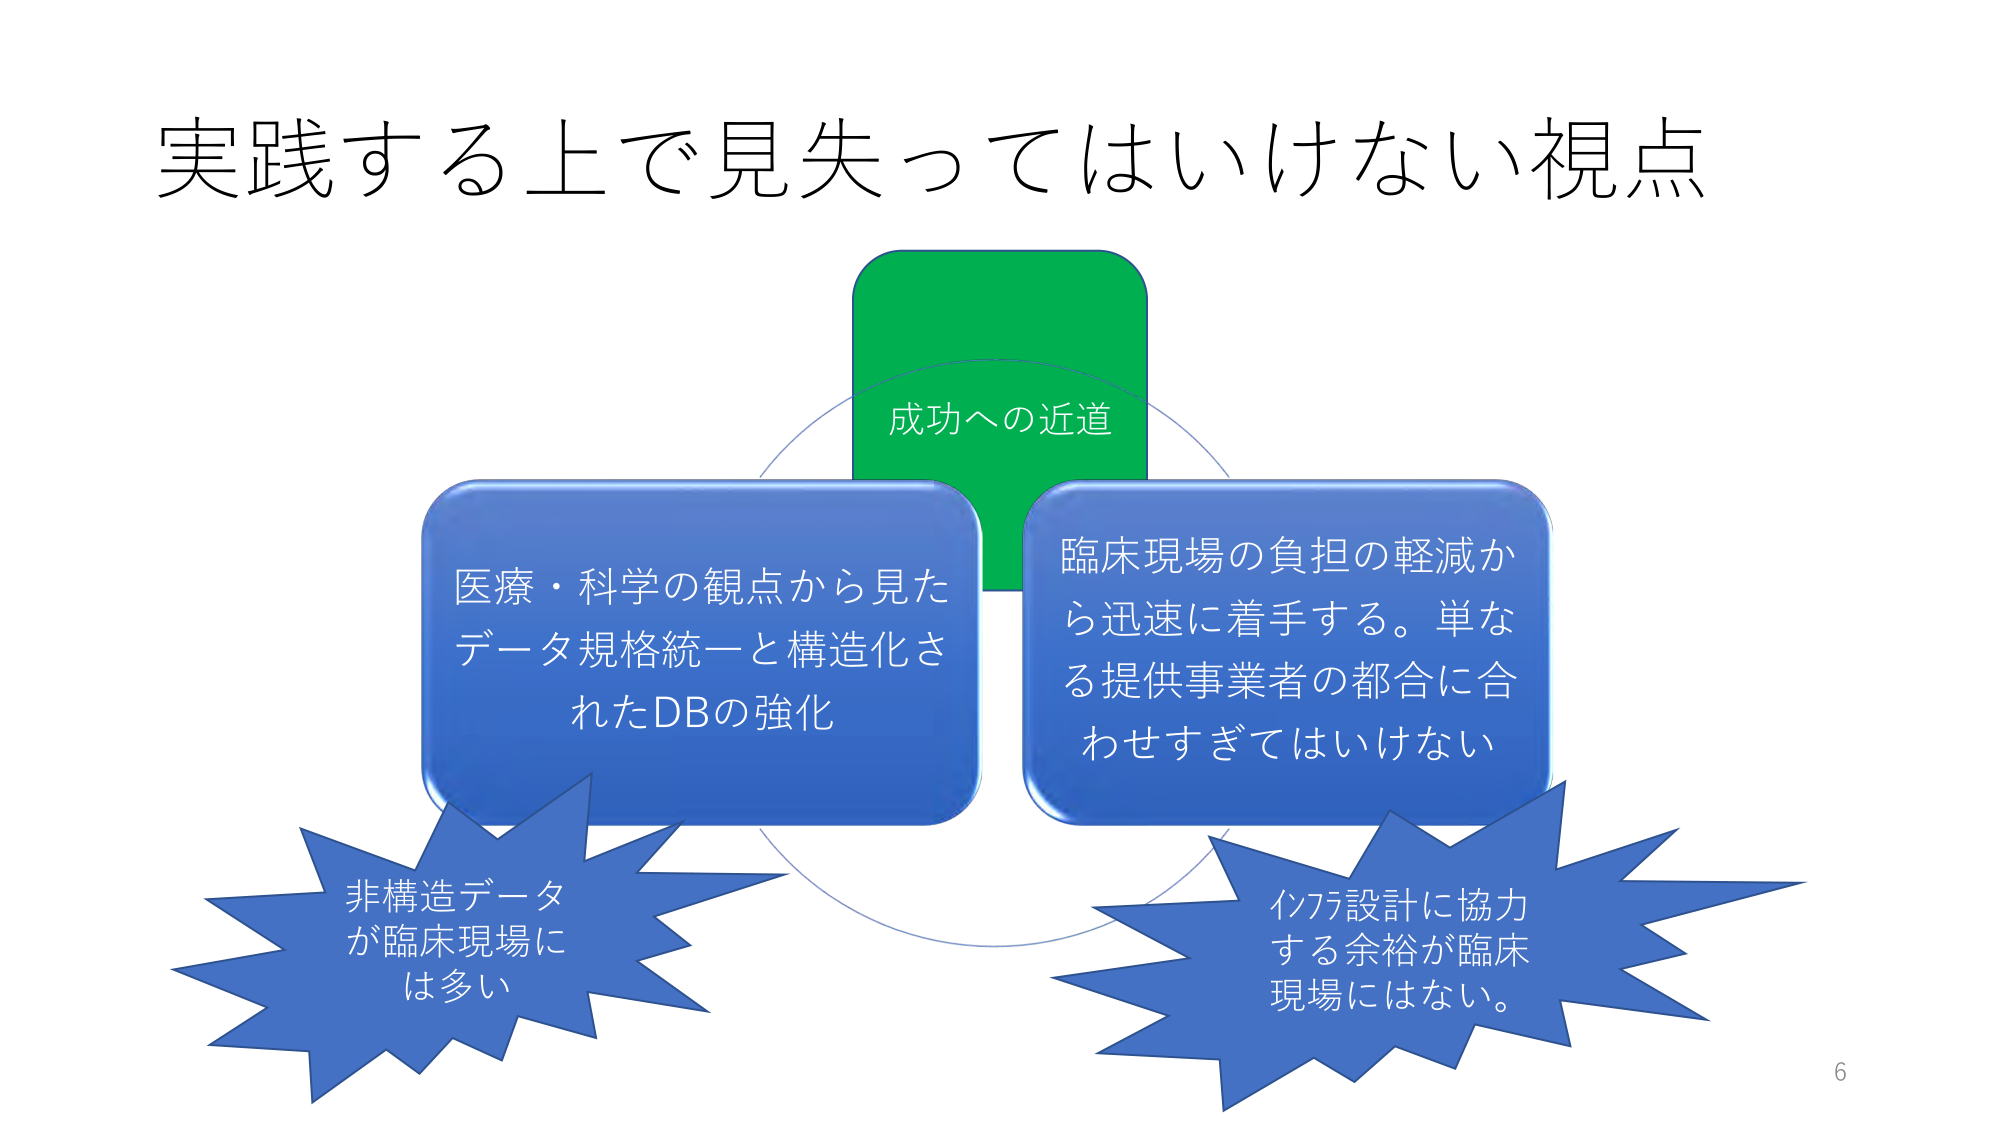
実践する上で見失ってはいけない視点

成功への近道

医療・科学の観点から見た
データ規格統一と構造化さ
れたDBの強化

臨床現場の負担の軽減か
ら迅速に着手する。単な
る提供事業者の都合に合
わせすぎてはいけない

非構造データ
が臨床現場に
は多い

インフラ設計に協力
する余裕が臨床
現場にはない。

6